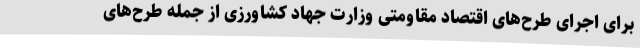
برای اجرای طرح‌های اقتصاد مقاومتی وزارت جهاد کشاورزی از جمله طرح‌های